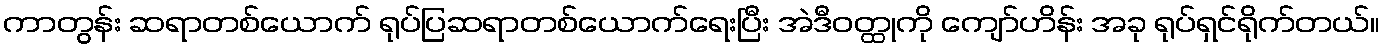
ကာတွန်း ဆရာတစ်ယောက် ရုပ်ပြဆရာတစ်ယောက်ရေးပြီး အဲဒီဝတ္ထုကို ကျော်ဟိန်း အခု ရုပ်ရှင်ရိုက်တယ်။